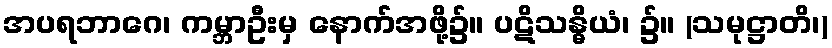
အပရဘာဂေ၊ ကမ္ဘာဦးမှ နောက်အဖို့၌။ ပဋိသန္ဓိယံ၊ ၌။ (သမုဋ္ဌာတိ၊)